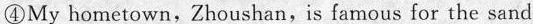
④My hometown,Zhoushan,is famous for the sand